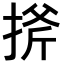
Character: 𢯋